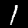
Digit: 1